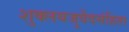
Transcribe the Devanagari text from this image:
शुक्लयजुर्वेदसंहिता